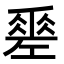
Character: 𢀩